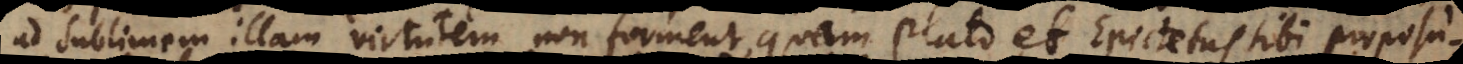
ad sublimem illam virtutem non forment, quam Plato et Epictetus sibi proposu